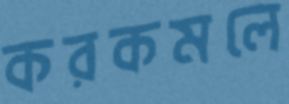
করকমলে